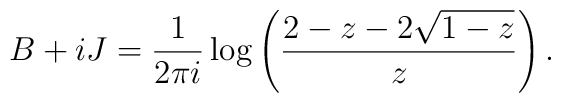
B+iJ=\frac1{2\pi i}\log\left(\frac{2-z-2\sqrt{1-z}}z\right).